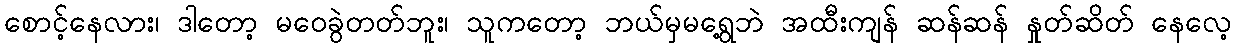
စောင့်နေလား၊ ဒါတော့ မဝေခွဲတတ်ဘူး၊ သူကတော့ ဘယ်မှမရွေ့ဘဲ အထီးကျန် ဆန်ဆန် နှုတ်ဆိတ် နေလေ့